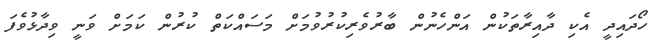
ހޯދައިދީ އެކި ދާއިރާތަކުން އަންހެނުން ބާރުވެރިކުރުވުމަށް މަސައްކަތް ކުރުން ކަމަށް ވަނީ ވިދާޅުވެފަ